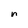
Character: n